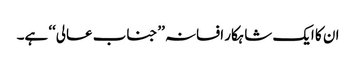
ان کا ایک شاہکار افسانہ ’’جناب عالی‘‘ ہے۔